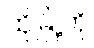
ထိုမြို့ကို